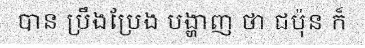
បាន ប្រឹងប្រែង បង្ហាញ ថា ជប៉ុន ក៏